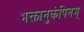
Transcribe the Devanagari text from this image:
भक्तानुकंपिनम्